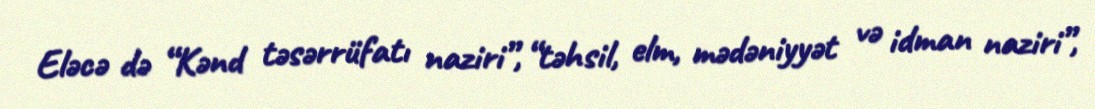
Eləcə də “Kənd təsərrüfatı naziri”, “təhsil, elm, mədəniyyət və idman naziri”,